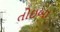
તોઇબા